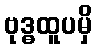
ဗုဒ္ဓထူပမှိ